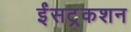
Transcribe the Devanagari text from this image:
ईंसट्रकशन